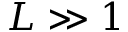
L \gg 1